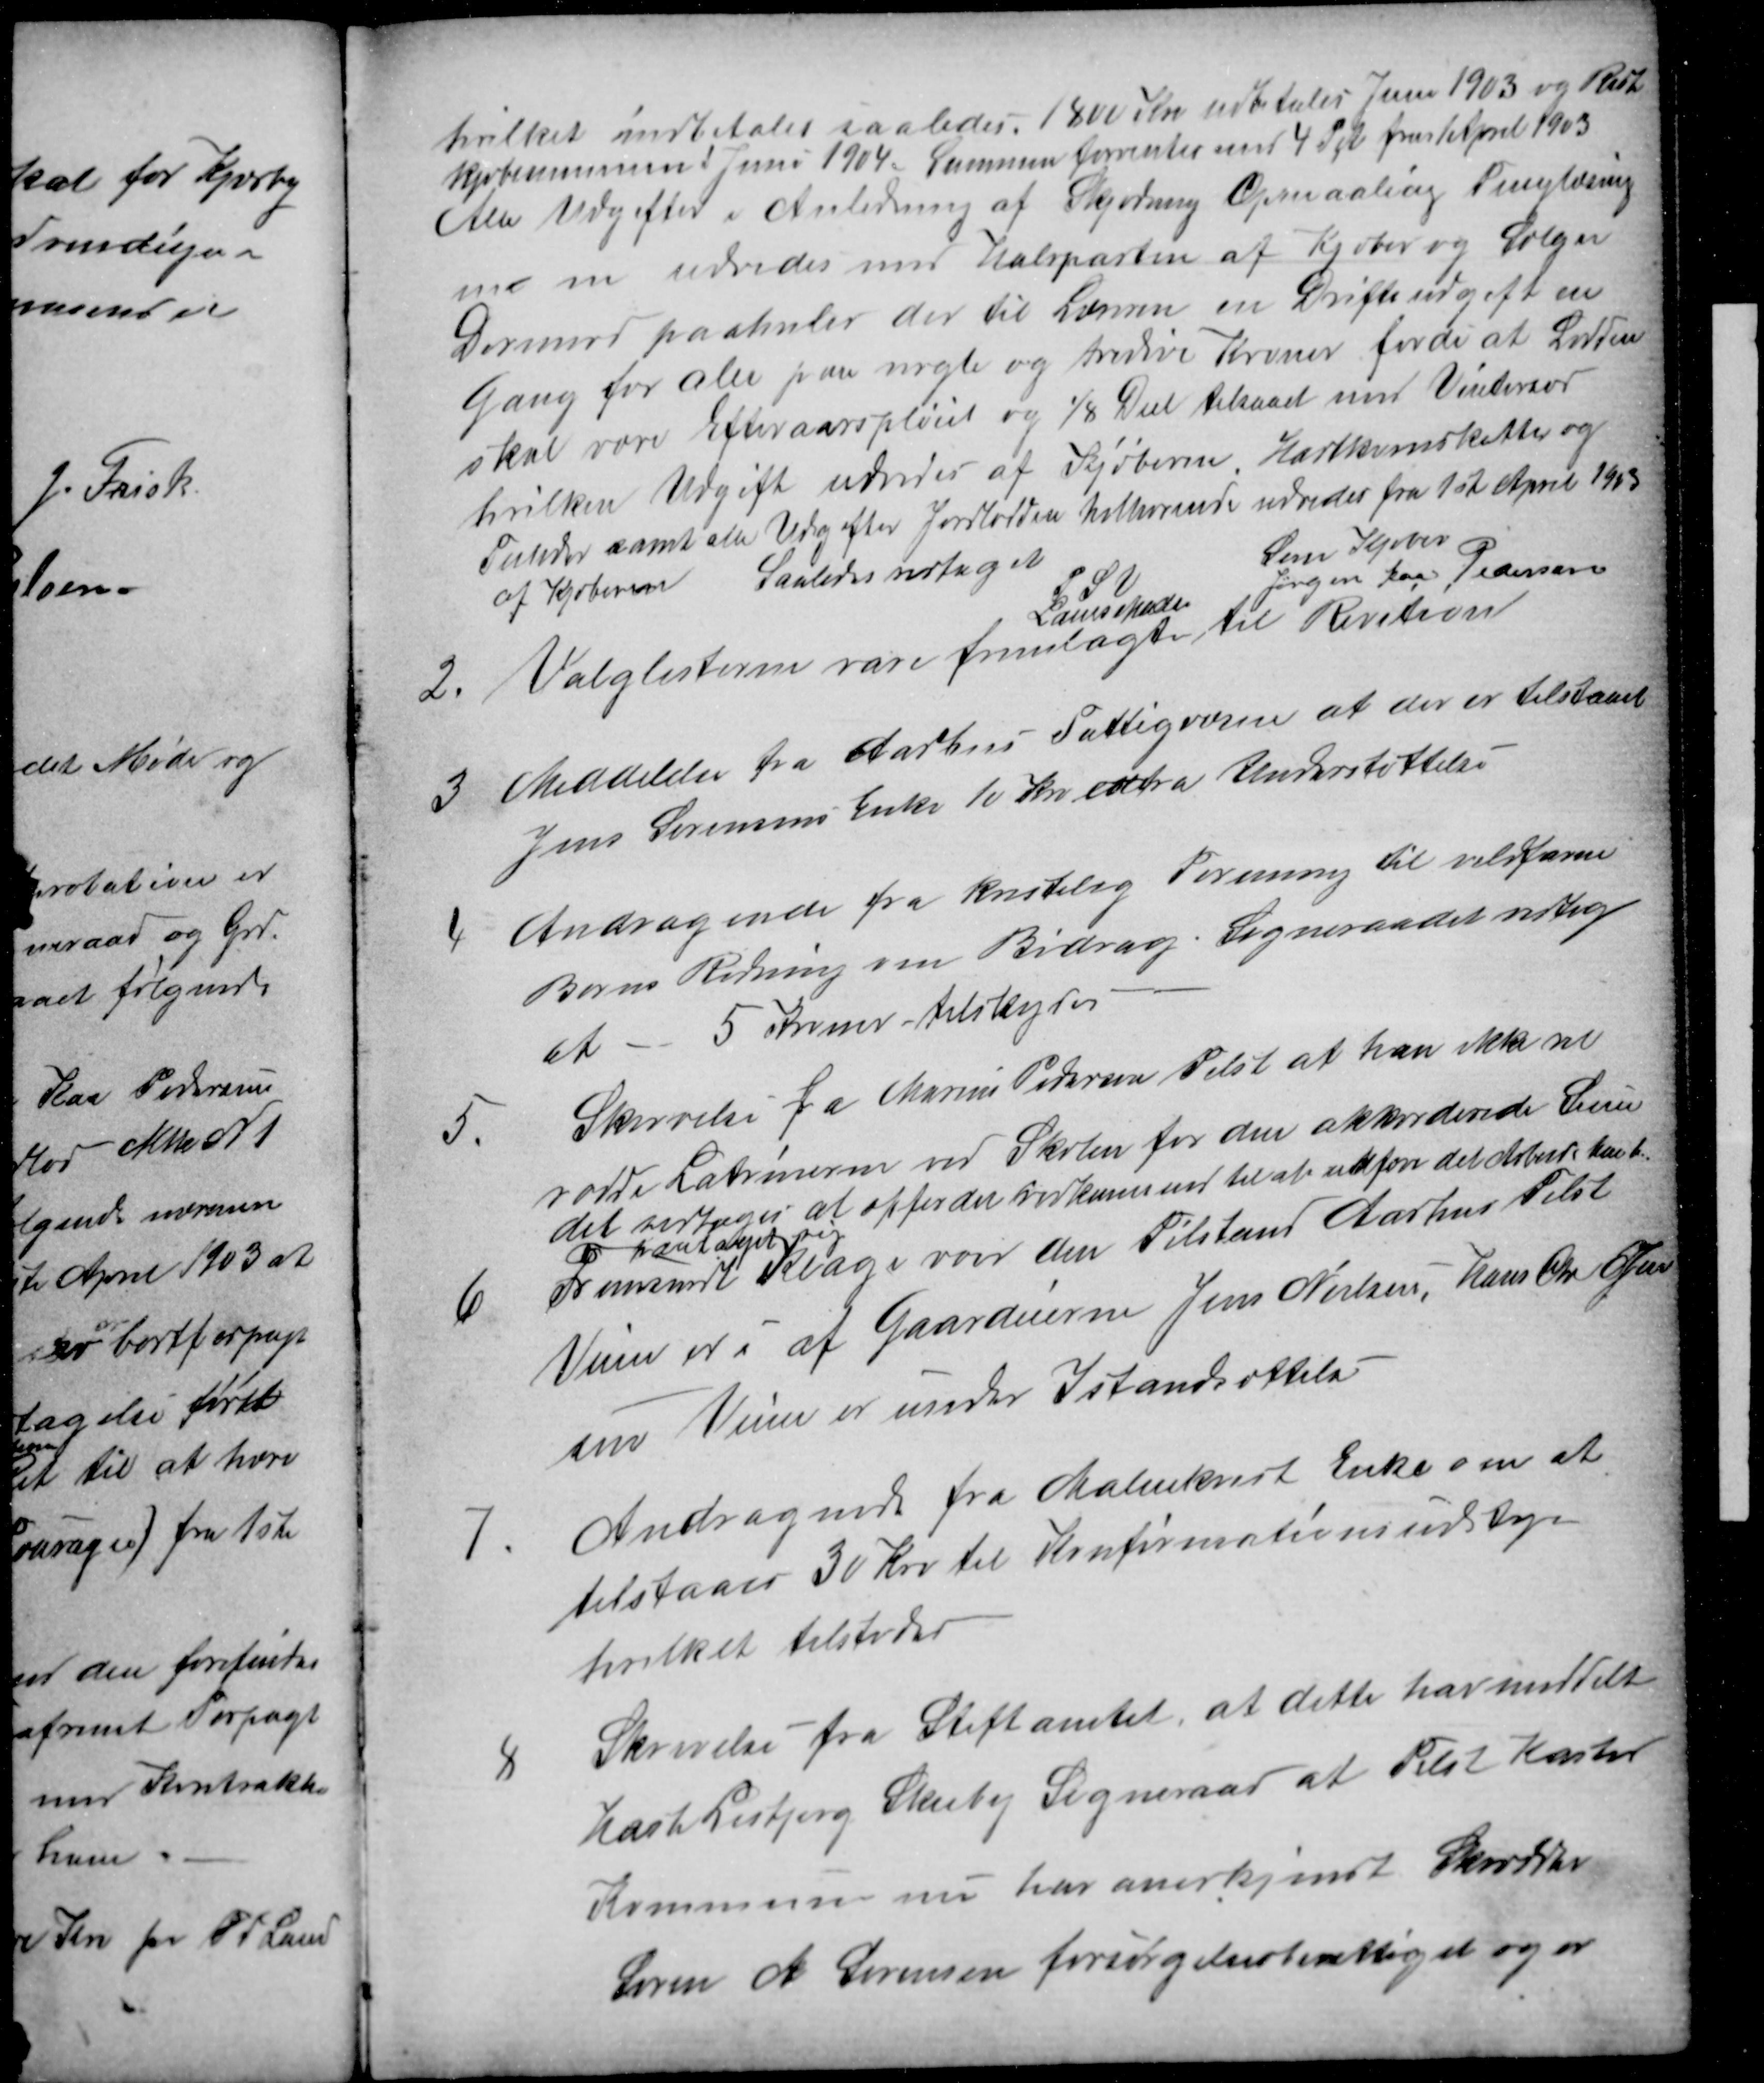
Transskription:
hvilket indbetales saaledes. 1800 Kr udbetales Juni 1903 og Rest
kjøbesummen i Juni 1904 - Summen forrentes med 4 Pct fra 1 April 1903
Alle Udgifter i Anledning af Skjødning Opmaaling Tinglæsning
m m udredes med Halvparten af Kjøber og Sælger
Dermed paahviler der til Læreren en Driftsudgift en
Gang for alle paa nogle og tredive Kroner fordi at Lodden
skal være Efteraarspløiet og ⅛ Deel tilsaaet med Vintersæd
hvilken Udgift udredes af Kjøberen. Hartkornskatter og
Tilladser samt alle Udgifter Jordlodden tilhørende udredes fra 1st April 1903
af Kjøberen Saaledes vedtaget
P S V
Laurs Madsen
Som Kjøber
Jørgen Kaa Pedersen
2
Valglisterne vare fremlagte til Revition
3
Meddelelse fra Aarhus Fattigvæsen at der er tilstaaet
Jens Sørensens Enke 10 Kr extra Understøttelse
4
Andragende fra Kristelig Forening til vildfarne
Børns Redning om Bidrag. Sogneraadet vedtog
at 5 Kroner tilskydes
5.
Skrivelse fra Marius Pedersen Tilst at han ikke vil
rodde Latrinerne ved Skolen for den akkorderede Sum
det vedtoges at opforder vedkommend til at udføre det Arbejde han h.
paataget sig
6
Fremsendt Klage over den Tilstand Aarhus Tilst
Veien er i af Gaardeierne Jens Nielsen, Hans Chr Jen
sen Veien er under Istandsættelse
7.
Andragende fra Malmkvist Enke om at
tilstaaes 30 Kro til Konfirmationsudstyr
hvilket tilstodes
8
Skrivelse fra Stiftamtet, at dette har meddelt
Hasle Lisbjerg Skeiby Sogneraad at Tilst Kasted
Kommune nu har anerkjendt Skrædder
Søren A Sørensen forsørgelsesberettiget og er